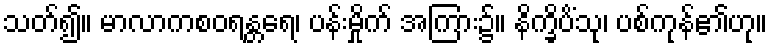
သတ်၍။ မာလာကစဝရန္တရေ၊ ပန်းမှိုက် အကြား၌။ နိက္ခိပိံသု၊ ပစ်ကုန်၏ဟု။